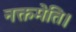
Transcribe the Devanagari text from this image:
नक्तमेति।